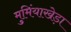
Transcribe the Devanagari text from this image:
मुमिंयाखेड़ा